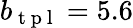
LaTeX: b_{\mathrm{~t~p~l~}}=5.6